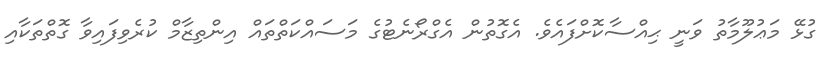
ގުޅޭ މަޢުލޫމާތު ވަނީ ޙިއްސާކޮށްފައެވެ. އެގޮތުން އެގްރޯނެޓުގެ މަސައްކަތްތައް އިންތިޒާމް ކުރެވިފައިވާ ގޮތްތަކާއި